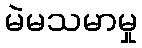
မဲမသမာမှု